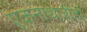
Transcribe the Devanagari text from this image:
एकनाथजीही